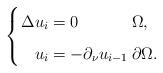
LaTeX: \begin{align*}\left\{\arraycolsep=1.4pt\def\arraystretch{1.6}\begin{array}{rll}\Delta u_i = & 0 & \Omega, \\u_i = & -\partial_{\nu}u_{i - 1} & \partial \Omega.\end{array}\right.\end{align*}